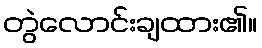
တွဲလောင်းချထား၏။